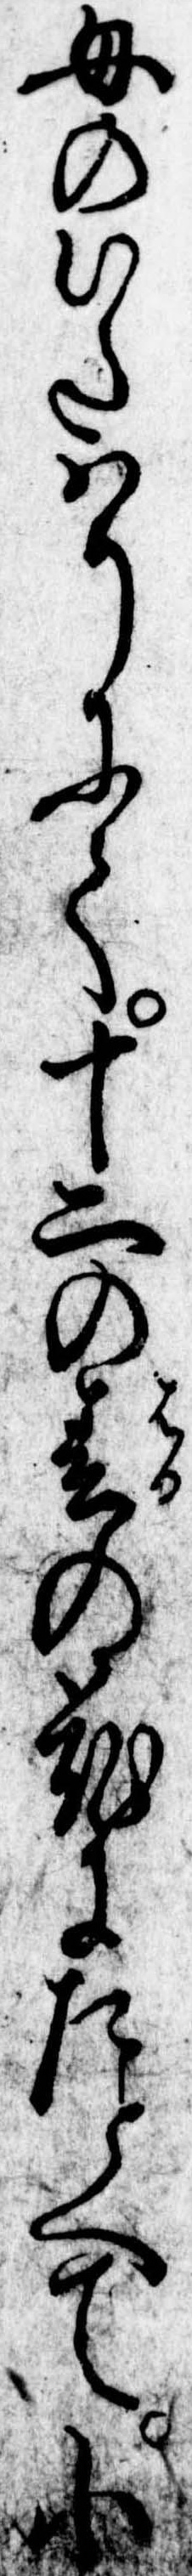
母のいたはりにて十二の春の花にたとへて小